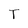
Character: T